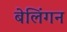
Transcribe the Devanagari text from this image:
बेलिंगन